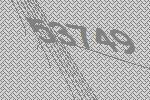
53749